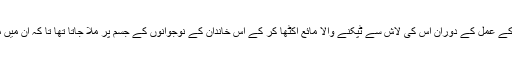
کچھ جگہوں پر مردے کے گلنے کے عمل کے دوران اس کی لاش سے ٹپکنے والا مائع اکٹھا کر کے اس خاندان کے نوجوانوں کے جسم پر ملا جاتا تھا تا کہ ان میں مرنے والے کی خوبیاں سما سکیں۔